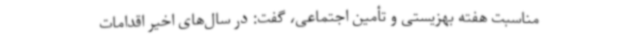
مناسبت هفته بهزیستی و تأمین اجتماعی، گفت: در سال‌های اخیر اقدامات